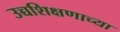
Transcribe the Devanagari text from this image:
उच्चशिक्षणाच्या